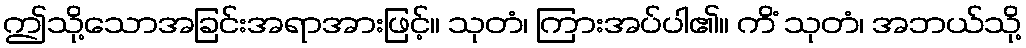
ဤသို့သောအခြင်းအရာအားဖြင့်။ သုတံ၊ ကြားအပ်ပါ၏။ ကိံ သုတံ၊ အဘယ်သို့